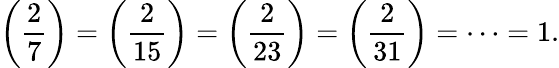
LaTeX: \left({\frac{2}{7}}\right)=\left({\frac{2}{15}}\right)=\left({\frac{2}{23}}\right)=\left({\frac{2}{31}}\right)=\cdots=1.